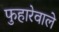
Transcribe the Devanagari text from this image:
फुहारेवाले